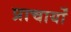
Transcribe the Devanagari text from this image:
प्राचार्यों